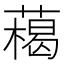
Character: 𦼰